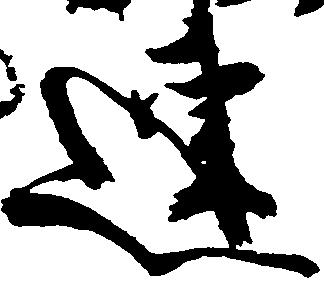
連